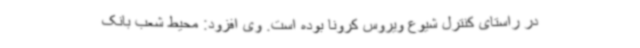
در راستای کنترل شیوع ویروس کرونا بوده است. وی افزود: محیط شعب بانک